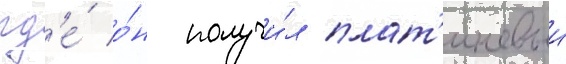
гд'е́ о́н получи́л плат'иновыи